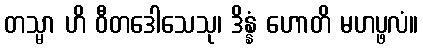
တသ္မာ ဟိ ဝီတဒေါသေသု၊ ဒိန္နံ ဟောတိ မဟပ္ဖလံ။